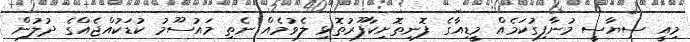
މިއީ ސިޔާސީ މުނާފިގުކަމެއް މީޑިއާގެ ފޮނިތޮށިކާފޫރުތޮޅި ލެވުމެއް ނެތި މައުސޫމު ކުޑަކުއްޖެއްގެ ދުލުން